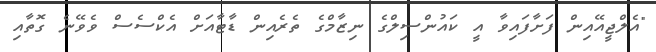
"އެލްޖީއޭއިން ފަށާފައިވާ އީ ކައުންސިލްގެ ނިޒާމްގެ ތެރެއިން ޑާޓާއަށް އެކްސެސް ވެވޭނެ ގޮތާއި